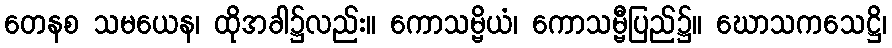
တေနစ သမယေန၊ ထိုအခါ၌လည်း။ ကောသမ္ဗိယံ၊ ကောသမ္ဗီပြည်၌။ ဃောသကသေဋ္ဌိ၊